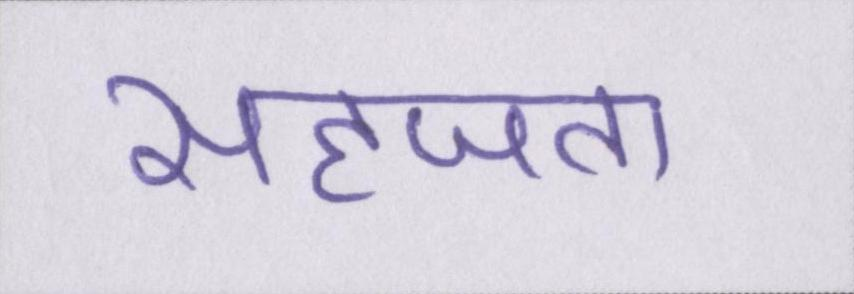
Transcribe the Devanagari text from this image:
सहजता